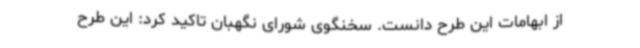
از ابهامات این طرح دانست. سخنگوی شورای نگهبان تاکید کرد: این طرح